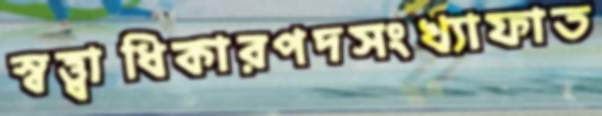
স্বত্ত্বাধিকারপদসংখ্যাফাত